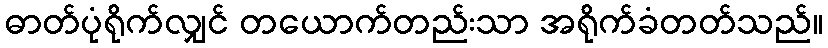
ဓာတ်ပုံရိုက်လျှင် တယောက်တည်းသာ အရိုက်ခံတတ်သည်။